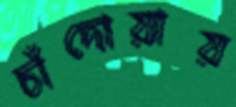
চাঁদোয়ায়